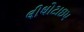
લીથોટાઇપ